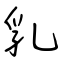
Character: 乳